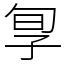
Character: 㝁